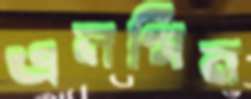
এলগিন